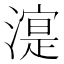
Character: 㵓